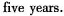
five years.